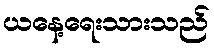
ယနေ့ရေးသားသည်